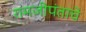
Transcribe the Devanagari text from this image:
रामजीपंताचे